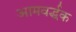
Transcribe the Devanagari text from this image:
आमवर्द्धक